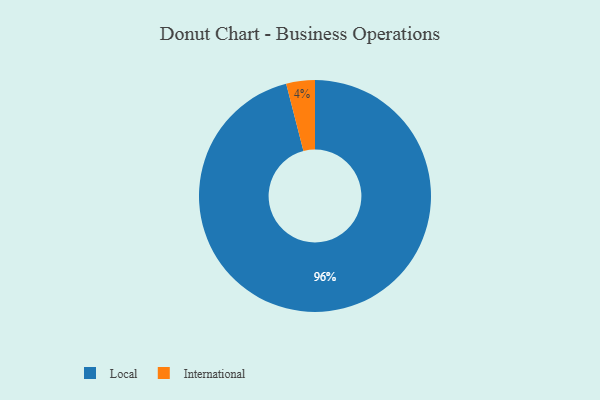
{"axis": {"x": "Category", "y": "Percentage"}, "legend": ["International", "Local"], "data": [{"x": "Local", "y": 96, "type": "Local"}, {"x": "International", "y": 4, "type": "International"}]}